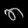
Digit: ၈